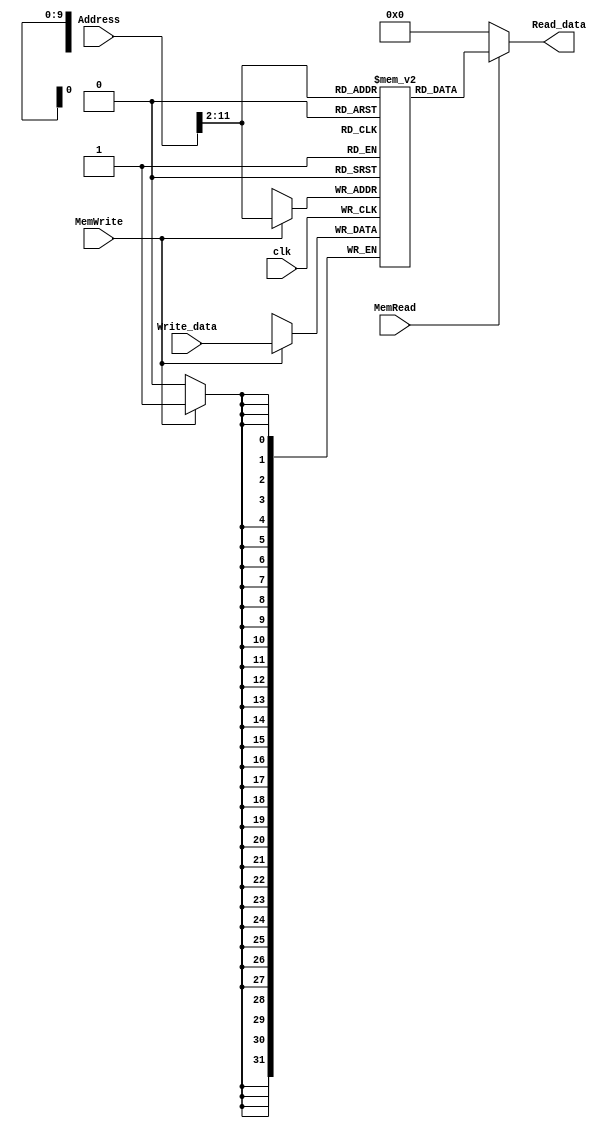
module DataMemory(clk, MemWrite, MemRead, Address, Write_data, Read_data);
	parameter width = 32, AddrWidth = 32, num = 1024;
	
	input clk;
	input MemWrite;
	input MemRead;
	input [AddrWidth - 1:0] Address;
	input [width - 1:0] Write_data;
	output [width - 1:0] Read_data;
	
	reg [width - 1:0] dataMemory[num - 1:0];
	integer i;
	
	initial
		begin
		for(i = 0;i < num;i = i + 1)
			dataMemory[i] <= 0;
		end
	
	assign Read_data = (MemRead) ? dataMemory[Address >> 2] : 32'b0;
	
	always@(negedge clk)
		begin
		if(MemWrite)
			begin
			dataMemory[Address >> 2] = Write_data;
			$display("DataMemory  %x  %x", Address, Write_data);
			end
		end
endmodule